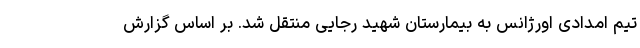
تیم امدادی اورژانس به بیمارستان شهید رجایی منتقل شد. بر اساس گزارش